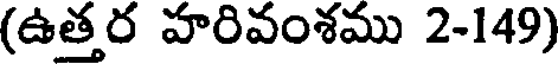
(ఉత్తర హరివంశము 2-149)